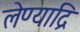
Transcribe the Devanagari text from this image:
लेण्याद्रि